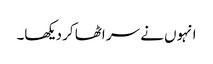
انہوں نے سر اٹھا کر دیکھا۔